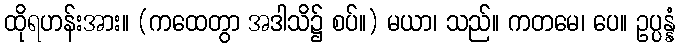
ထိုရဟန်းအား။ (ကထေတွာ အဒါသိ၌ စပ်။) မယာ၊ သည်။ ကတမေ၊ ပေ။ ဥပ္ပန္နံ